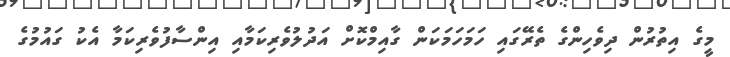
މީގެ އިތުރުން ދިވެހިންގެ ތެރޭގައި ހަމަހަމަކަން ގާއިމްކޮށް އަދުލުވެރިކަމާއި އިންސާފުވެރިކަމާ އެކު ގައުމުގެ